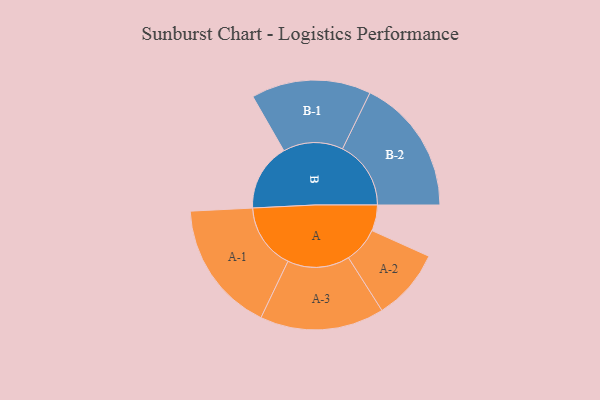
{"axis": {"x": "Segment", "y": "Value"}, "legend": ["", "A", "B"], "data": [{"x": "A", "y": 103, "type": ""}, {"x": "B", "y": 268, "type": ""}, {"x": "A-1", "y": 262, "type": "A"}, {"x": "A-2", "y": 142, "type": "A"}, {"x": "A-3", "y": 247, "type": "A"}, {"x": "B-1", "y": 238, "type": "B"}, {"x": "B-2", "y": 272, "type": "B"}]}